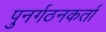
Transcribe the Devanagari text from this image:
पुनर्गठनकर्ता